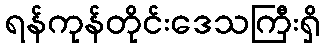
ရန်ကုန်တိုင်းဒေသကြီးရှိ